Report on horse surra - Volume II, Part II
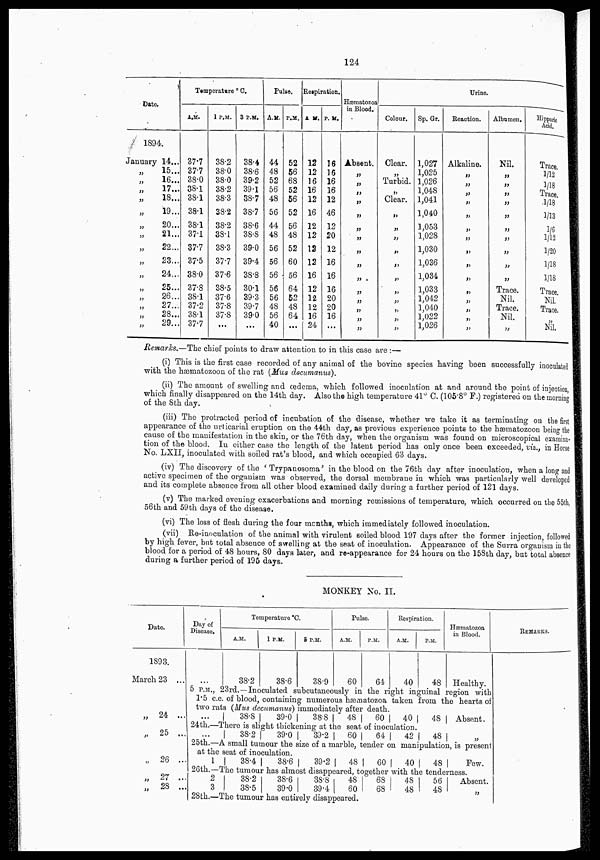
124
Date.
1894.
January
„
„
„
„
„
„
„
„
„
„
„
„
„
„
„
14...
15...
16...
17...
18...
19...
20...
21...
22...
23...
24...
25...
26...
27...
28...
29...
Temperature ° C.
A.M.
37.7
37.7
38.0
38.1
38.1
38.1
38.1
37.1
37.7
37.5
38.0
37.8
38.1
37.2
38.1
37.7
1 P.M.
38.2
38.0
38.0
38.2
38.3
38.2
38.2
38.1
38.3
37.7
37.6
38.5
37.6
37.8
37.8
...
3 P.M.
38.4
38.6
39.2
39.1
38.7
38.7
38.6
38.8
39.0
39.4
38.8
30.1
39.3
39.7
39.0
...
Pulse.
A.M.
44
48
52
56
48
56
44
48
56
56
56
56
56
48
56
40
P.M.
52
56
68
52
56
52
56
48
52
60
56
64
52
48
64
...
Respiration.
A.M.
12
12
16
16
12
16
12
12
12
12
16
12
12
12
16
24
P. M.
16
16
16
16
12
46
12
20
12
16
16
16
20
20
16
...
Hæmatozoa
in Blood.
Absent.
„
„
„
„
„
„
„
„
„
„
„
„
„
„
„
Urine.
Colour.
Clear.
„
Turbid.
„
Clear.
„
„
„
„
„
„
„
„
„
„
„
Sp. Gr.
1,027
1,025
1,026
1,048
1,041
1,040
1,053
1,028
1,030
1,036
1,034
1,033
1,042
1,040
1,022
1,026
Reaction.
Alkaline.
„
„
„
„
„
„
„
„
„
„
„
„
„
„
„
Albumen.
Nil.
„
„
„
„
„
„
„
„
„
„
Trace.
Nil.
Trace.
Nil.
„
Hippuric
Acid.
Trace.
1/12
1/18
Trace.
1/18
1/13
1/6
1/12
1/20
1/18
1/18
Trace.
Nil
Trace.
„
Nil.
Remarks.—The chief points to draw attention to in this case are :—
(i) This is the first case recorded of any animal of the bovine species having been successfully inoculated
with the hæmatozoon of the rat (Mus docamanus).
(ii) The amount of swelling and œdema, which followed inoculation at and around the point of injection,
which finally disappeared on the 14th day. Also the high temperature 41° C. (105.8° F.) registered on the morning
of the 8th day.
(iii) The protracted period of incubation of the disease, whether we take it as terminating on the first
appearance of the urticarial eruption on the 44th day, as previous experience points to the hæmatozoon being the
cause of the manifestation in the skin, or the 76th day, when the organism was found on microscopical examina-
tion of the blood. In either case the length of the latent period has only once been exceeded, viz., in Horse
No. LXII, inoculated with soiled rat's blood, and which occupied 63 days.
(iv) The discovery of the ' Trypanosoma' in the blood on the 76th day after inoculation, when a long and
active specimen of the organism was observed, the dorsal membrane in which was particularly well developed
and its complete absence from all other blood examined daily during a further period of 121 days.
(v) The marked evening exacerbations and morning remissions of temperature, which occurred on the 55th,
56th and 59th days of the disease.
(vi) The loss of flesh during the four months, which immediately followed inoculation.
(vii) Re-inoculation of the animal with virulent soiled blood 197 days after the former injection, followed
by high fever, but total absence of swelling at the seat of inoculation. Appearance of the Surra organism in the
blood for a period of 48 hours, 80 days later, and re-appearance for 24 hours on the 158th day, but total absence
during a further period of 195 days.
MONKEY No. II.
Date.
1893.
March 23 ...
„
24 ...
„
25 ...
„ 26 ...
„ 27 ..
„ 28 ..
Day of
Disease.
Temperature °C.
A.M.
38.2
1 P.M.
38.6
5 P.M.
38.9
Pulse.
A.M.
60
P.M.
64
Respiration.
A.M.
40
P.M.
48
Hæmatozoa
in Blood.
Healthy.
5 P.M., 23rd.—Inoculated subcutaneously in the right inguinal region with
1.5 c.c. of blood, containing numerous hæmatozoa taken from the hearts of
two rats (Mus decumanus) immediately after death.
...
38.8
39.0
38.8
48
60
40
48
Absent.
24th.—There is slight thickening at the seat of inoculation.
...
38.2
39.0 39.2
60
64
42
48 „
25th.—A small tumour the size of a marble, tender on manipulation, is present
at the seat of inoculation.
1
38.4
38.6
39.2
48
60
40
48
Few.
26th.—The tumour has almost disappeared together with the tenderness.
2
3
38.2
38.5
38.6
39.0
38.8
39.4
48
60
68
68
48
48
56
48
Absent.
„
28th.—The tumour has entirely disappeared.
REMARKS.